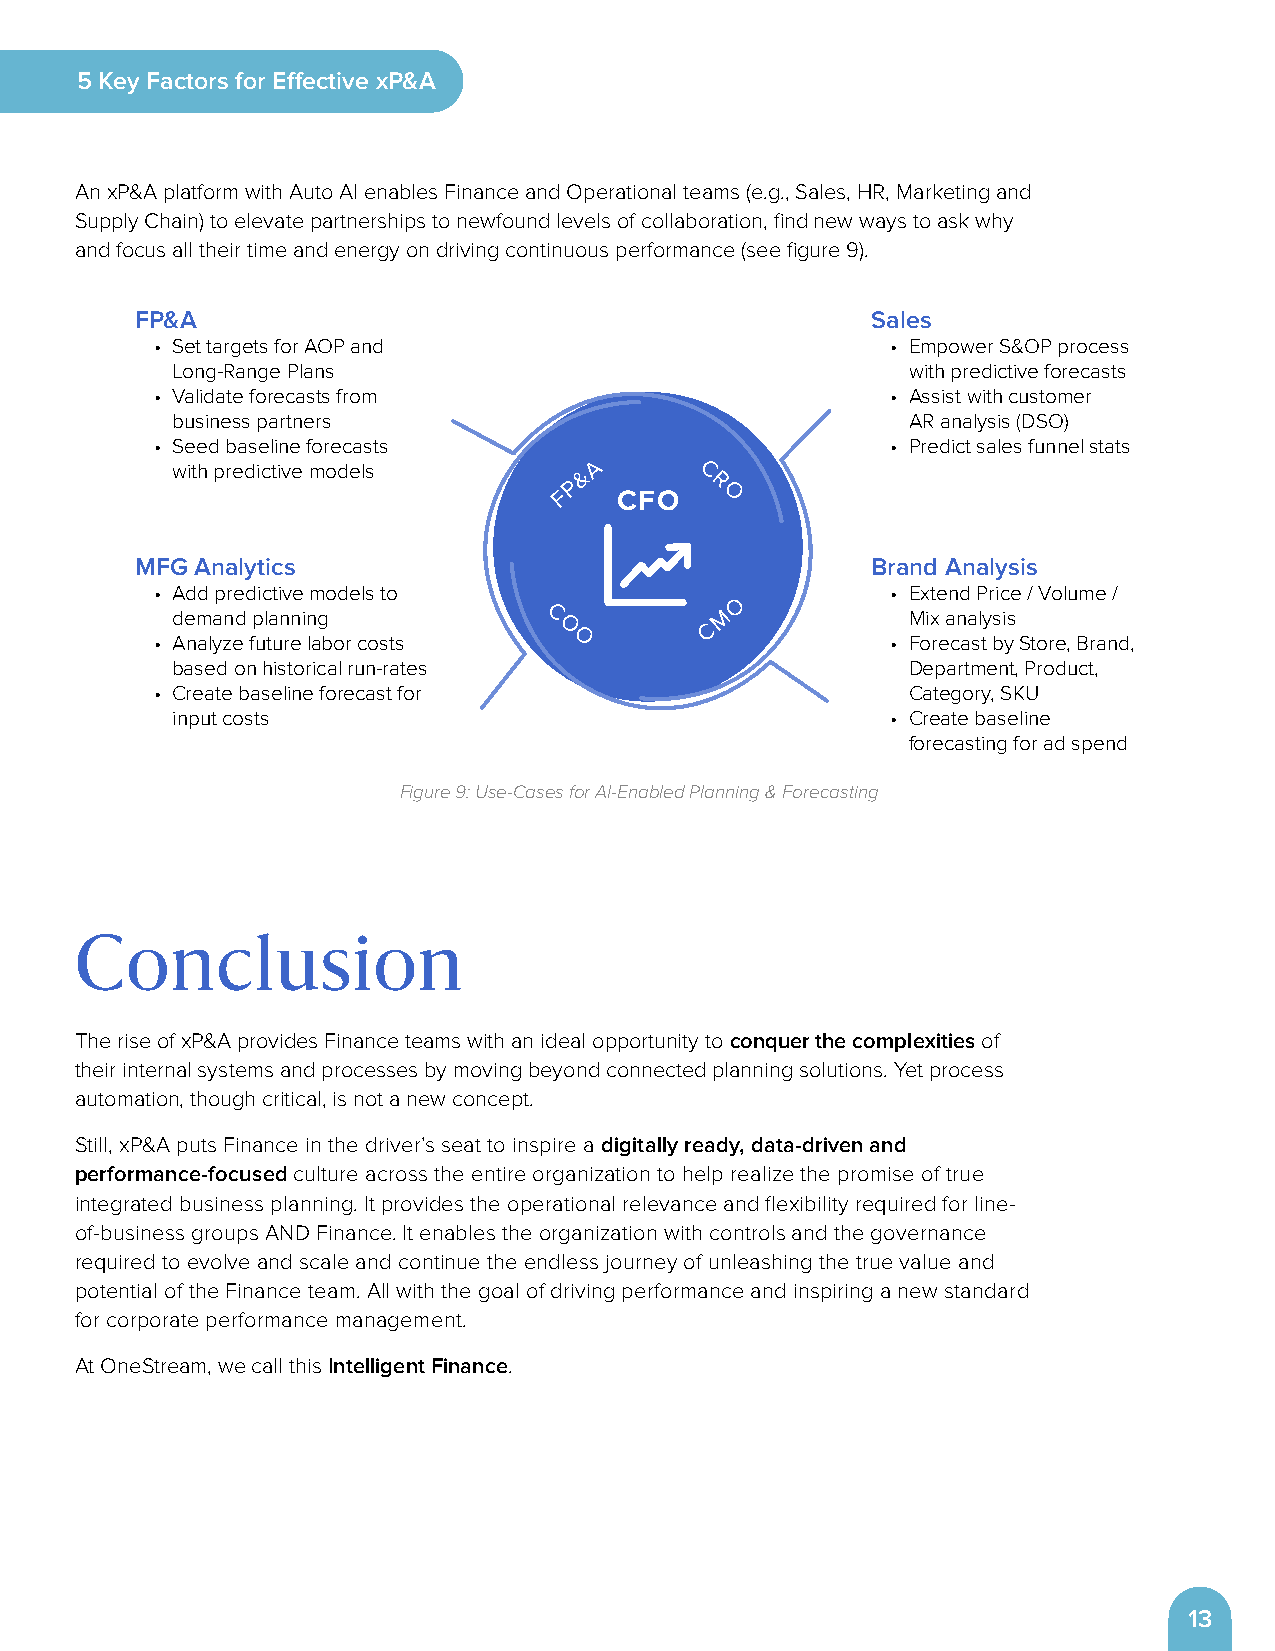
5 Key Factors for Effective xP&A
 An xP&A platform with Auto AI enables Finance and Operational teams (e .g ., Sales, HR, Marketing and
 Supply Chain) to elevate partnerships to newfound levels of collaboration, find new ways to ask why
 and focus all their time and energy on driving continuous performance (see figure 9) .
 FP&A                                             Sales
 • Set targets for AOP and                        • Empower S&OP process
 Long-Range Plans                                 with predictive forecasts
 • Validate forecasts from                        • Assist with customer
 business partners                                AR analysis (DSO)
 • Seed baseline forecasts                        • Predict sales funnel stats
 with predictive models     & A     C
 P        R
 F   CFO    O
 MFG Analytics                                    Brand Analysis
 • Add predictive models to                       • Extend Price / Volume /
 O
 demand planning          C           M           Mix analysis
 O         C
 • Analyze future labor costs O                   • Forecast by Store, Brand,
 based on historical run-rates                    Department, Product,
 • Create baseline forecast for                    Category, SKU
 input costs                                     • Create baseline
 forecasting for ad spend
 Figure 9: Use-Cases for AI-Enabled Planning & Forecasting
 Conclusion
 The rise of xP&A provides Finance teams with an ideal opportunity to conquer the complexities of
 their internal systems and processes by moving beyond connected planning solutions . Yet process
 automation, though critical, is not a new concept .
 Still, xP&A puts Finance in the driver’s seat to inspire a digitally ready, data-driven and
 performance-focused culture across the entire organization to help realize the promise of true
 integrated business planning . It provides the operational relevance and flexibility required for line-
 of-business groups AND Finance . It enables the organization with controls and the governance
 required to evolve and scale and continue the endless journey of unleashing the true value and
 potential of the Finance team . All with the goal of driving performance and inspiring a new standard
 for corporate performance management .
 At OneStream, we call this Intelligent Finance .
 13